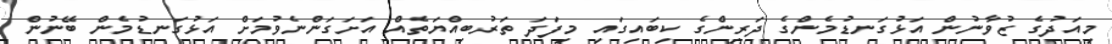
މިއަދުގެ ޒުވާނުން އަޅުގަނޑުމެންގެ ދަރިންގެ ކިބައިގައި މިފަދަ ތަރުބިއްޔަތެއް އަށަގަންނެވުމަށް އަޅުގަނޑުމެން ބޭނުން